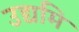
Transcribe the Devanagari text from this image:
उद्यमि